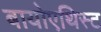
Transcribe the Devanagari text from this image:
बायोएथिस्ट